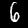
Label: 6